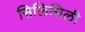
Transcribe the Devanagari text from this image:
सिलिसिली